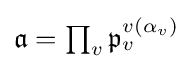
\textstyle {\mathfrak {a}}=\prod _{v}{\mathfrak {p}}_{v}^{v(\alpha _{v})}